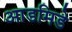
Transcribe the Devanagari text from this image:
आडमिडे